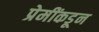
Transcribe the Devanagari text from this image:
प्रेमींकडून